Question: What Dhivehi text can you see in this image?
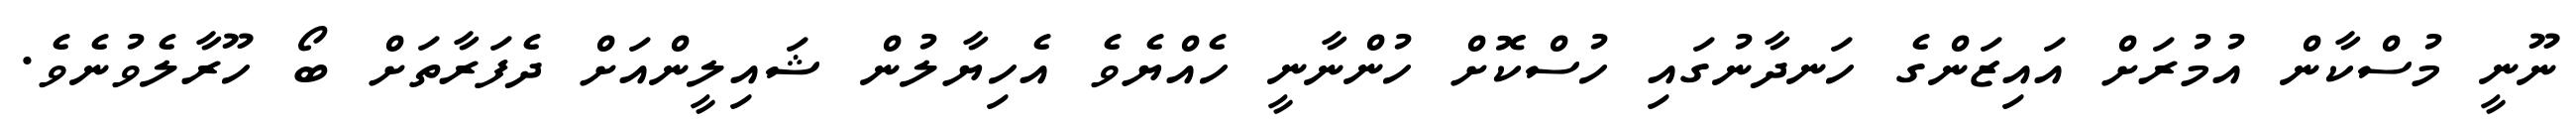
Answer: ނޫނީ މުސްކާން އުމުރަށް އައިޒަންގެ ހަނދާނުގައި ހުސްކޮށް ހުންނާނީ ހެއްޔެވެ އެހިޔާލުން ޝައިލީންއަށް ދެފަރާތަށް ބޯ ހޫރާލެވުނެވެ.